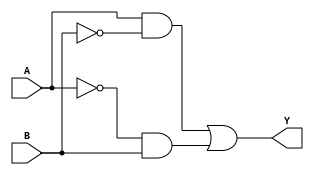
module XOR_gate(input A, input B, output Y);
    wire not_A, not_B, and1_out, and2_out;
    
    // NOT gates
    assign not_A = ~A;
    assign not_B = ~B;
    
    // AND gates
    assign and1_out = A & not_B;
    assign and2_out = not_A & B;
    
    // OR gate
    assign Y = and1_out | and2_out;
    
endmodule